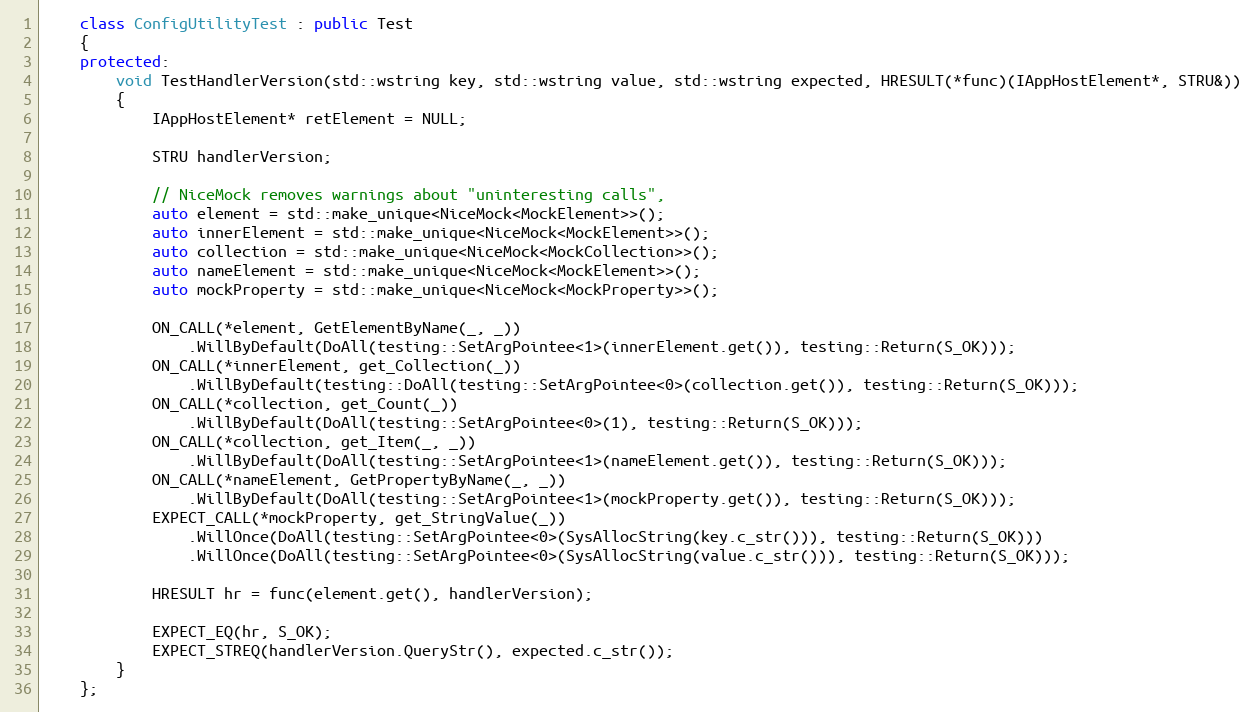
Language: C++
    class ConfigUtilityTest : public Test
    {
    protected:
        void TestHandlerVersion(std::wstring key, std::wstring value, std::wstring expected, HRESULT(*func)(IAppHostElement*, STRU&))
        {
            IAppHostElement* retElement = NULL;

            STRU handlerVersion;

            // NiceMock removes warnings about "uninteresting calls",
            auto element = std::make_unique<NiceMock<MockElement>>();
            auto innerElement = std::make_unique<NiceMock<MockElement>>();
            auto collection = std::make_unique<NiceMock<MockCollection>>();
            auto nameElement = std::make_unique<NiceMock<MockElement>>();
            auto mockProperty = std::make_unique<NiceMock<MockProperty>>();

            ON_CALL(*element, GetElementByName(_, _))
                .WillByDefault(DoAll(testing::SetArgPointee<1>(innerElement.get()), testing::Return(S_OK)));
            ON_CALL(*innerElement, get_Collection(_))
                .WillByDefault(testing::DoAll(testing::SetArgPointee<0>(collection.get()), testing::Return(S_OK)));
            ON_CALL(*collection, get_Count(_))
                .WillByDefault(DoAll(testing::SetArgPointee<0>(1), testing::Return(S_OK)));
            ON_CALL(*collection, get_Item(_, _))
                .WillByDefault(DoAll(testing::SetArgPointee<1>(nameElement.get()), testing::Return(S_OK)));
            ON_CALL(*nameElement, GetPropertyByName(_, _))
                .WillByDefault(DoAll(testing::SetArgPointee<1>(mockProperty.get()), testing::Return(S_OK)));
            EXPECT_CALL(*mockProperty, get_StringValue(_))
                .WillOnce(DoAll(testing::SetArgPointee<0>(SysAllocString(key.c_str())), testing::Return(S_OK)))
                .WillOnce(DoAll(testing::SetArgPointee<0>(SysAllocString(value.c_str())), testing::Return(S_OK)));

            HRESULT hr = func(element.get(), handlerVersion);

            EXPECT_EQ(hr, S_OK);
            EXPECT_STREQ(handlerVersion.QueryStr(), expected.c_str());
        }
    };